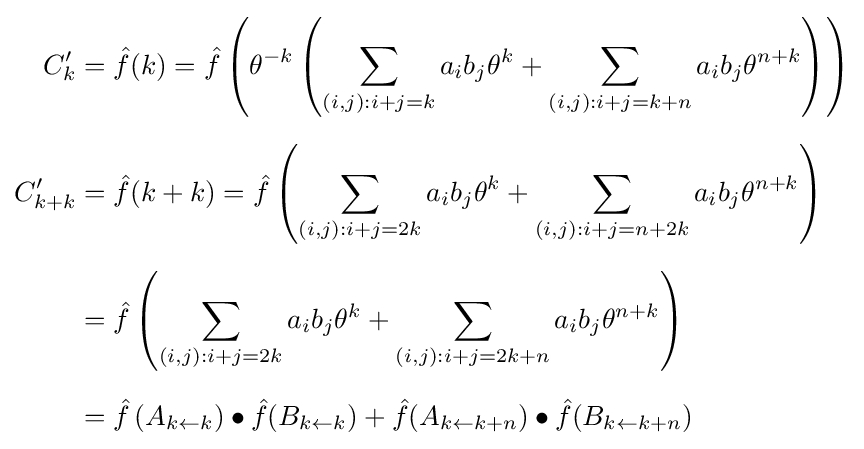
{\begin{aligned}C_{k}'&={\hat {f}}(k)={\hat {f}}\left(\theta ^{-k}\left(\sum _{(i,j):i+j=k}a_{i}b_{j}\theta ^{k}+\sum _{(i,j):i+j=k+n}a_{i}b_{j}\theta ^{n+k}\right)\right)\\[6pt]C_{k+k}'&={\hat {f}}(k+k)={\hat {f}}\left(\sum _{(i,j):i+j=2k}a_{i}b_{j}\theta ^{k}+\sum _{(i,j):i+j=n+2k}a_{i}b_{j}\theta ^{n+k}\right)\\[6pt]&={\hat {f}}\left(\sum _{(i,j):i+j=2k}a_{i}b_{j}\theta ^{k}+\sum _{(i,j):i+j=2k+n}a_{i}b_{j}\theta ^{n+k}\right)\\[6pt]&={\hat {f}}\left(A_{k\leftarrow k}\right)\bullet {\hat {f}}(B_{k\leftarrow k})+{\hat {f}}(A_{k\leftarrow k+n})\bullet {\hat {f}}(B_{k\leftarrow k+n})\end{aligned}}